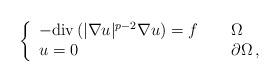
LaTeX: \begin{align*} \left\{\begin{array}{lll}-\mbox{div}\left( | \nabla u|^{p-2} \nabla u \right) =f & & \ \Omega \\u=0 & & \ \partial \Omega\,,\end{array}\right. \end{align*}